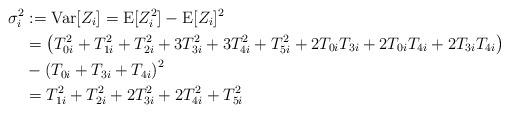
\begin{align*}\sigma_i^2 &:= \mathrm{Var}[Z_i] = \mathrm{E}[Z_i^2] - \mathrm{E}[Z_i]^2 \\&= \left( T_{0i}^2 + T_{1i}^2 + T_{2i}^2 + 3 T_{3i}^2 + 3 T_{4i}^2 + T_{5i}^2 + 2 T_{0i} T_{3i} + 2 T_{0i} T_{4i} + 2 T_{3i} T_{4i} \right) \\& - \left( T_{0i} + T_{3i} + T_{4i} \right)^2 \\&= T_{1i}^2 + T_{2i}^2 + 2 T_{3i}^2 + 2 T_{4i}^2 + T_{5i}^2 \end{align*}